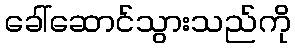
ခေါ်ဆောင်သွားသည်ကို